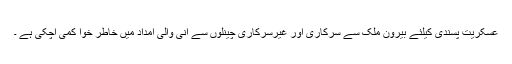
عسکریت پسندی کیلئے بیرون ملک سے سرکاری اور غیرسرکاری چینلوں سے آنی والی امداد میں خاطر خوا کمی آچکی ہے ۔